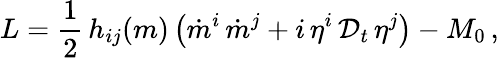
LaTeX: L=\frac{1}{2}\, h_{ij}(m)\left(\dot{m}^{i}\, \dot{m}^{j}+i\, \eta^{i}\, {\cal D}_{t}\, \eta^{j}\right)-M_{0}\, ,